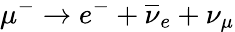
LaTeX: \mu^{-}\rightarrow e^{-}+\overline{{\nu}}_{e}+\nu_{\mu}